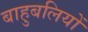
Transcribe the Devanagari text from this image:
बाहुबलियों